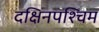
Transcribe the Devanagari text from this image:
दक्षिनपश्चिम